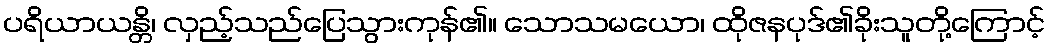
ပရိယာယန္တိ၊ လှည့်သည်ပြေသွားကုန်၏။ သောသမယော၊ ထိုဇနပုဒ်၏ခိုးသူတို့ကြောင့်